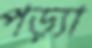
পড়্যা